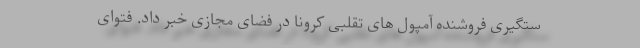
ستگیری فروشنده آمپول های تقلبی کرونا در فضای مجازی خبر داد. فتوای